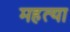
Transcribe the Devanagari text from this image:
महत्या